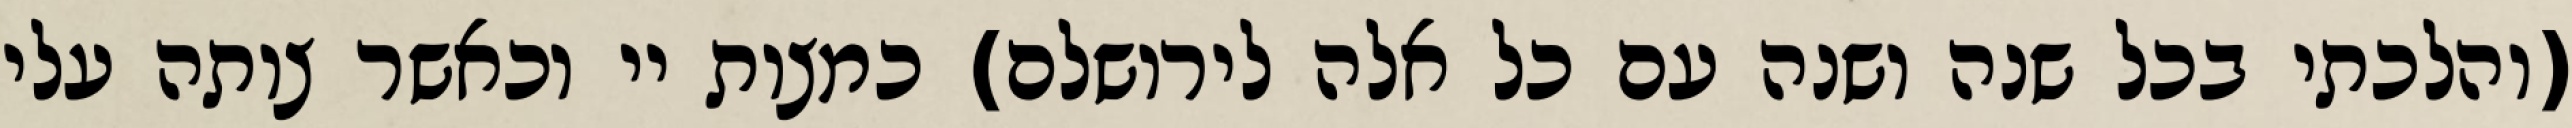
(והלכתי בכל שנה ושנה עם כל אלה לירושלם) כמצות יי וכאשר צותה עלי